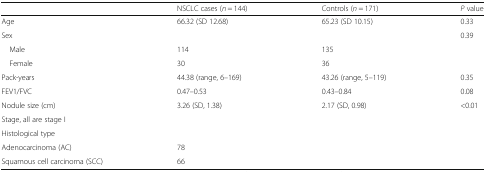
|  | NSCLC cases (n = 144) | Controls (n = 171) | P value |
 | --- | --- | --- | --- |
 | Age | 66.32 (SD 12.68) | 65.23 (SD 10.15) | 0.33 |
 | Sex |  |  | 0.39 |
 | Male | 114 | 135 |  |
 | Female | 30 | 36 |  |
 | Pack-years | 44.38 (range, 6–169) | 43.26 (range, 5–119) | 0.35 |
 | FEV1/FVC | 0.47–0.53 | 0.43–0.84 | 0.08 |
 | Nodule size (cm) | 3.26 (SD, 1.38) | 2.17 (SD, 0.98) | <0.01 |
 | Stage, all are stage I |  |  |  |
 | Histological type |  |  |  |
 | Adenocarcinoma (AC) | 78 |  |  |
 | Squamous cell carcinoma (SCC) | 66 |  |  |